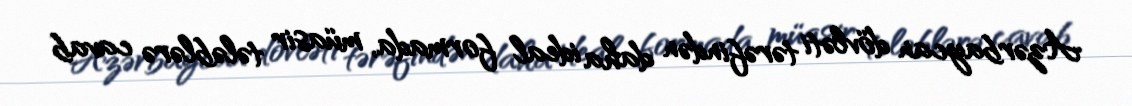
Azərbaycan dövləti tərəfindən daha ideal formada, müasir tələblərə cavab